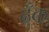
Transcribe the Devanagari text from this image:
ढ्ँक